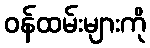
ဝန်ထမ်းများကို